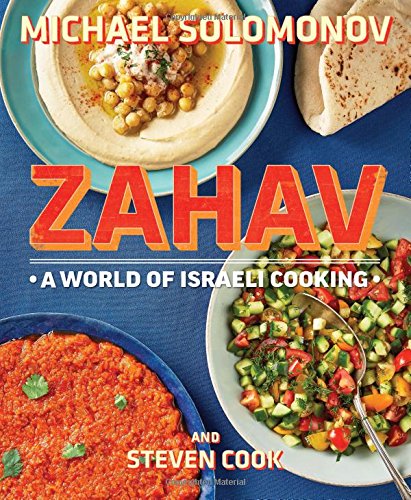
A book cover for Zahav: A World of Israeli Cooking; Michael Solomonov; Cookbooks, Food & Wine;